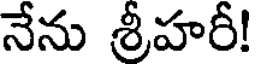
నేను శ్రీహరీ!